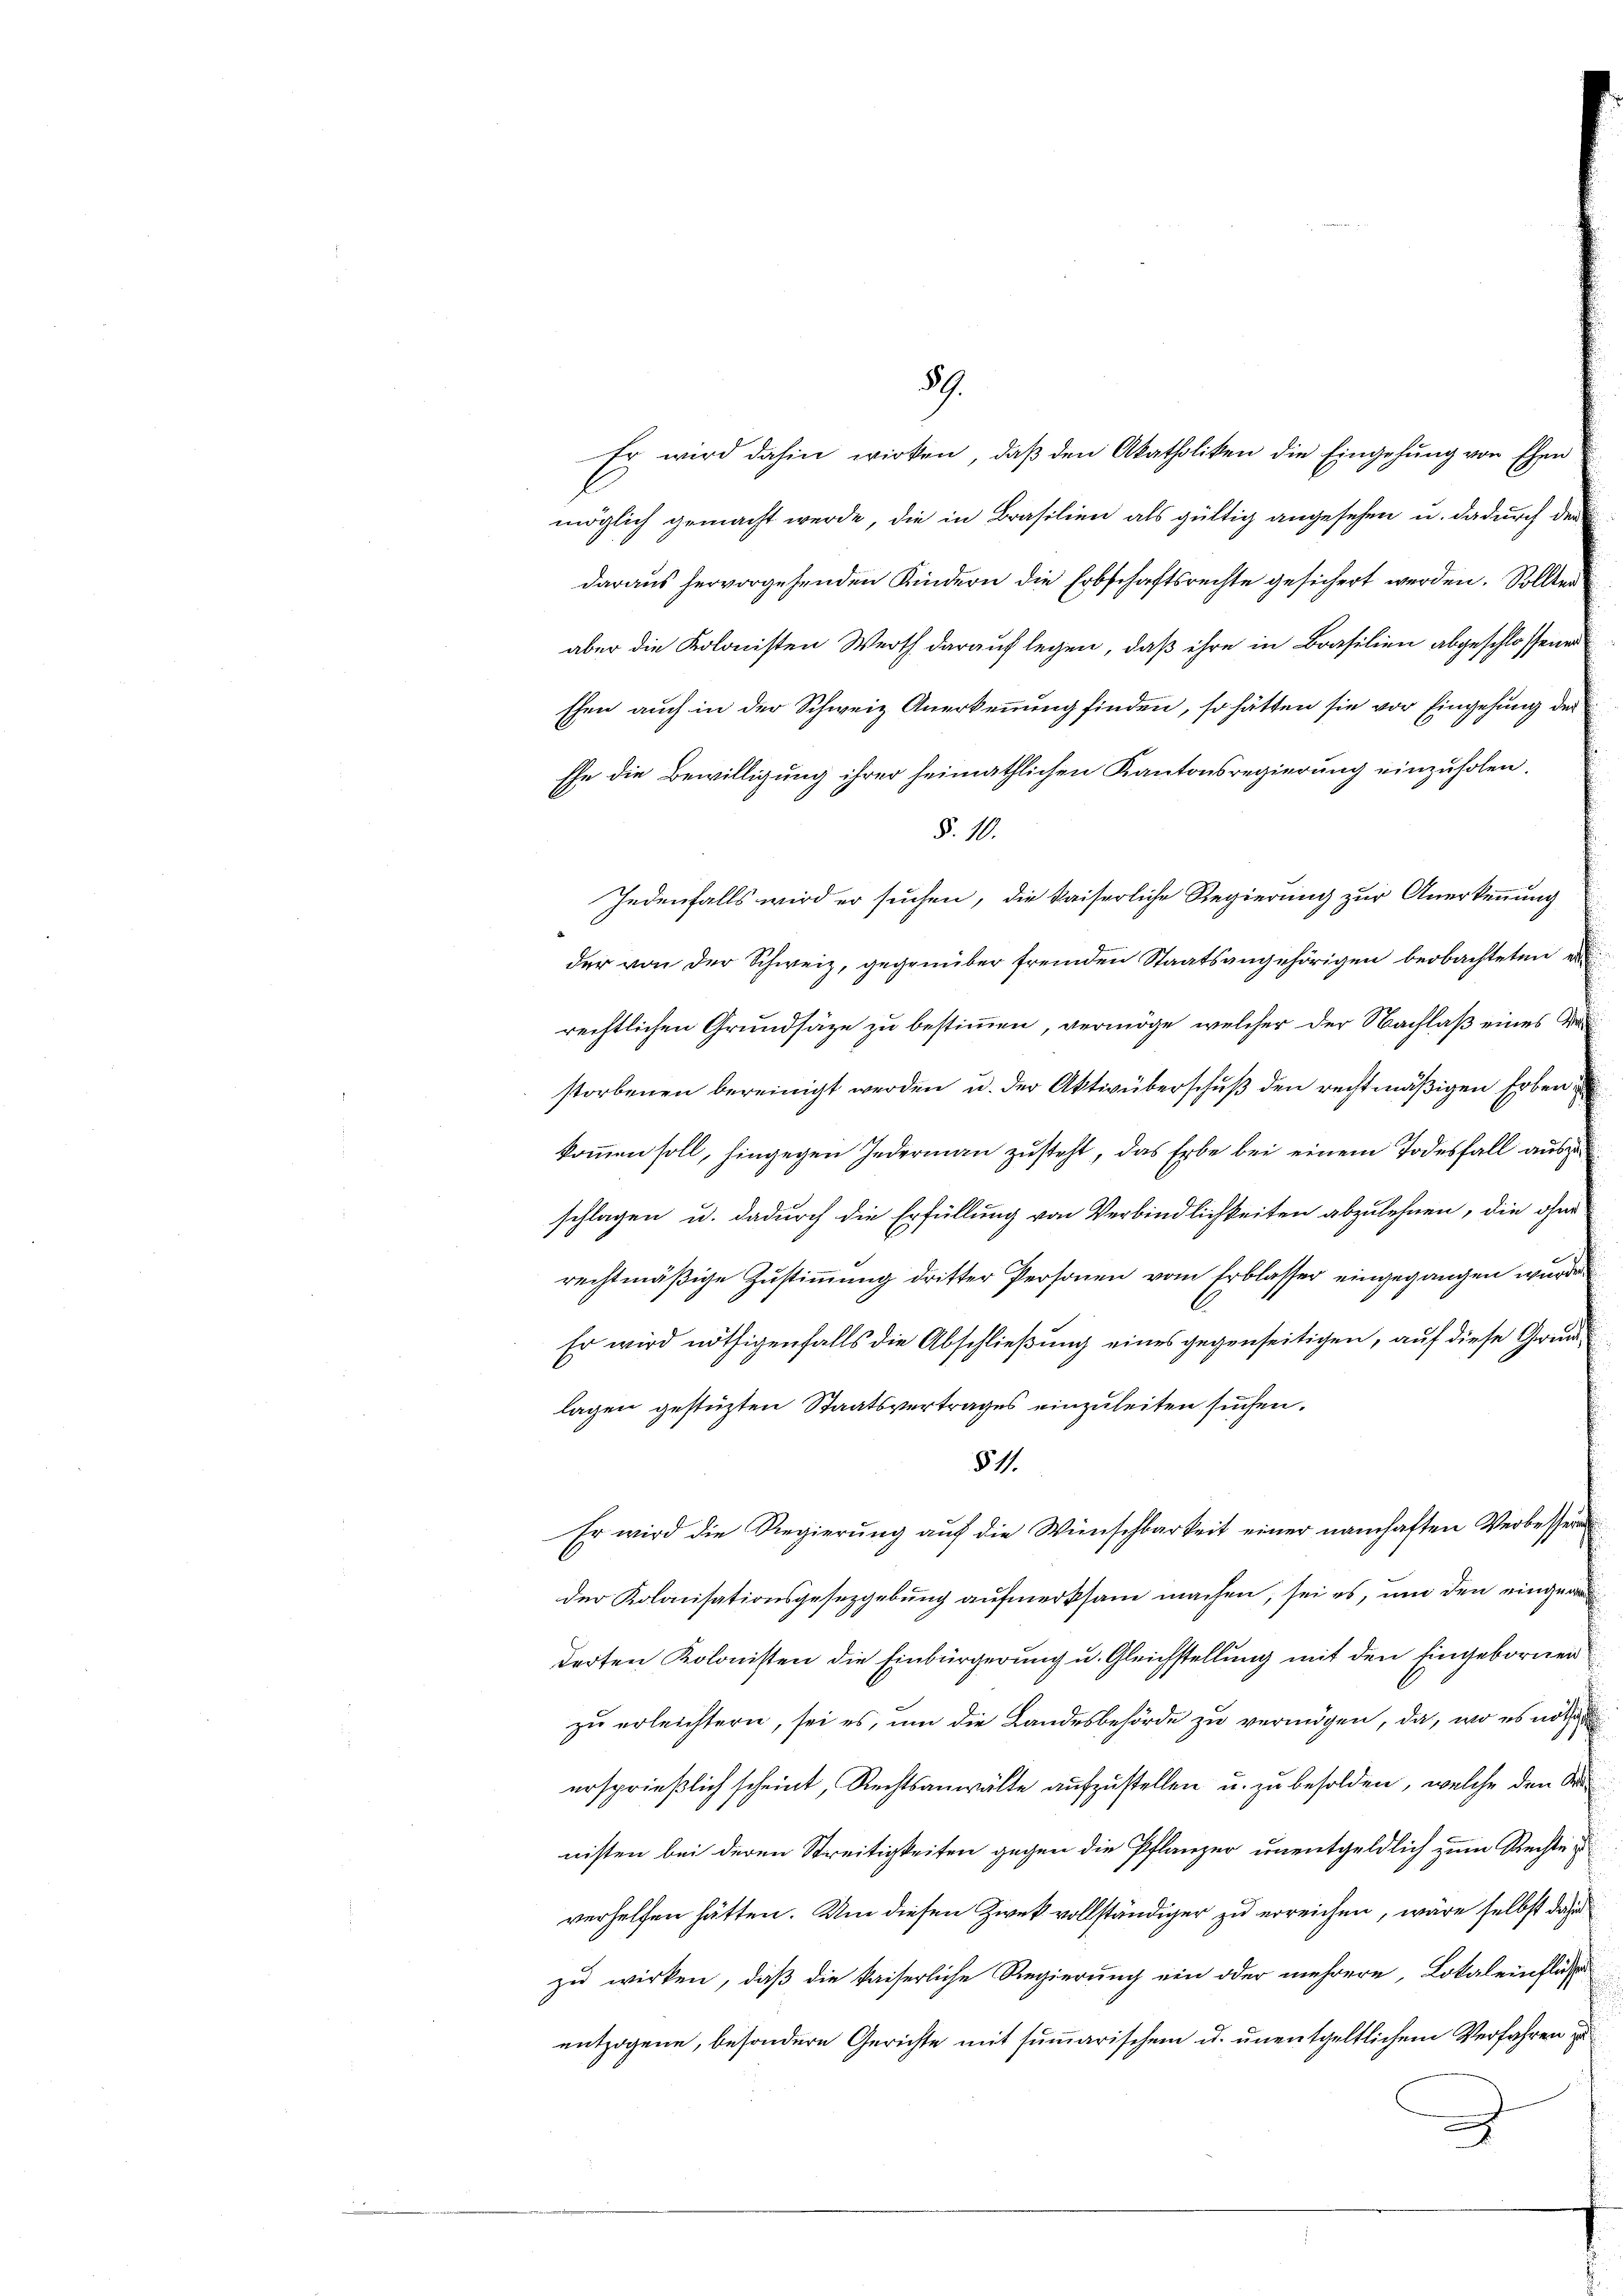
59.

Er wird dahin wirken, daß den Akatholiken die Eingehung von Ehen
möglich gemacht werde, die in Brasilien als gültig angesehen u. dadurch der
daraus hervorgehenden Kindern die Erbschaftsrechte gesichert werden. Sollter
aber die Kolonisten Werth darauf legen, daß ihre in Brasilien abgeschlossene
shen auch in der Schweiz Anerkennung finden, so hätten sie vor Eingehung der
Ehe die Bewilligung ihrer heimathlichen Kantonsregierung einzuholen.
§. 10.
Jedenfalls wird er suchen, die kaiserliche Regierung zur Anerkennung
der von der Schweiz, gegenüber fremden Staatsangehörigen beobachteten e
rechtlichen Grundsätze zu bestimmen, vermöge, welcher der Nachlaß eines de
storbenen bereinigt werden u. der Aktivüberschuß den rechtmäßigen Erben
kommen soll, hingegen Jedermann zusteht, das Erbe bei einem Todesfall auszu
schlagen u. dadurch die Erfüllung von Verbindlichkeiten abzulehnen, die ohne
rechtmäßige Zustimmung dritter Personen vom Erblasser eingegangen wurde
Er wird nöthigenfalls die Abschließung eines gegenseitigen, auf diese Grundlagen gestüzten Staatsvertrages einzuleiten suchen.
§ 11
Er wird die Regierŭng aŭf die Wünschbarkeit einer namhaften Verbessen
der Kolanisationsgesezgebung aufmerksam machen, sei es, um den eingere
derten Kolonisten die Einbürgerung u. Gleichstellung mit den Eingebornen
zu erleichtern, sei es, um die Landesbehörde zu vermögen, da, wo es not
ersprießlich scheint, Rechtsanwälte aufzustellen u. zu besolden, welche den Kr
nisten bei deren Streitigkeiten gegen die Pflanzer unentgeldlich zum Rechte
verhelfen hätten. Um diesen Zweck vollständiger zu erreichen, wäre selbst dazu
zu wirken, daß die kaiserliche Regierung ein oder mehrere Lokaleinfluss
entzogene, besondere Gerichte mit summarischen u. unentgeltlichem Verfahren zu
J